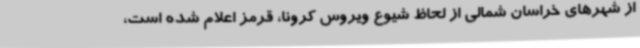
از شهرهای خراسان شمالی از لحاظ شیوع ویروس کرونا، قرمز اعلام شده است،